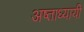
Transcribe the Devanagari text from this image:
अष्ताध्यायी